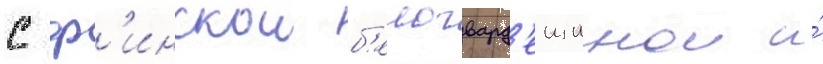
с ф'инскои б'елогвард'еищинои и́